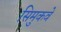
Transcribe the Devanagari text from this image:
सिमुकवे